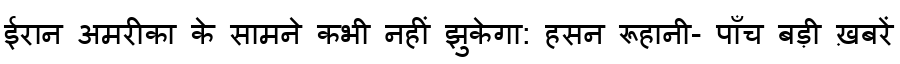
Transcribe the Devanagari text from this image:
ईरान अमरीका के सामने कभी नहीं झुकेगा: हसन रूहानी- पाँच बड़ी ख़बरें